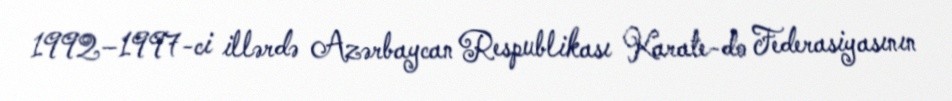
1992–1997-ci illərdə Azərbaycan Respublikası Karate-do Federasiyasının